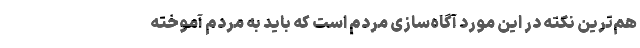
هم‌ترین نکته در این مورد آگاه‌سازی مردم است که باید به مردم آموخته